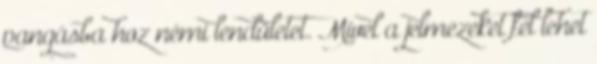
pangásba hoz némi lendületet. Mivel a jelmezeket fel lehet